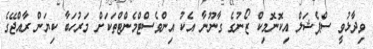
ވިދާޅުވީ ސްޕެޝަލް އިކޮނޮމިކް ޒޯނުގެ ގާނޫނާ އެކު އިންވެސްޓްމެންޓްތަކަށް މަރުހަބާ ކިޔަން ރާއްޖޭގެ